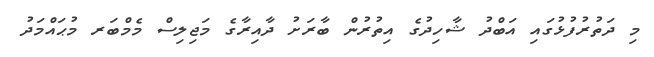
މި ދަތުރުފުޅުގައި އަބްދު ޝާހިދުގެ އިތުރުން ބާރަށު ދާއިރާގެ މަޖިލިސް މެމްބަރ މުޙައްމަދު